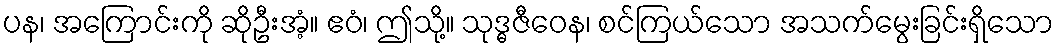
ပန၊ အကြောင်းကို ဆိုဦးအံ့။ ဧဝံ၊ ဤသို့။ သုဒ္ဓဇီဝေန၊ စင်ကြယ်သော အသက်မွေးခြင်းရှိသော